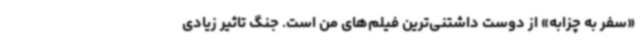
«سفر به چزابه» از دوست داشتنی‌ترین فیلم‌های من است. جنگ تاثیر زیادی